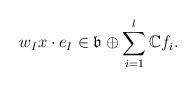
LaTeX: \begin{align*}w_Ix\cdot e_I\in\mathfrak{b}\oplus\sum_{i=1}^l\mathbb{C}f_i.\end{align*}